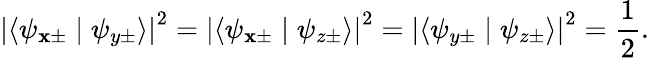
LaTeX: \left\vert\langle\psi_{\mathbf{x}\pm}\mid\psi_{y\pm}\rangle\right\vert^{2}=\left\vert\langle\psi_{\mathbf{x}\pm}\mid\psi_{z\pm}\rangle\right\vert^{2}=\left\vert\langle\psi_{y\pm}\mid\psi_{z\pm}\rangle\right\vert^{2}={\frac{{1}}{{2}}}.